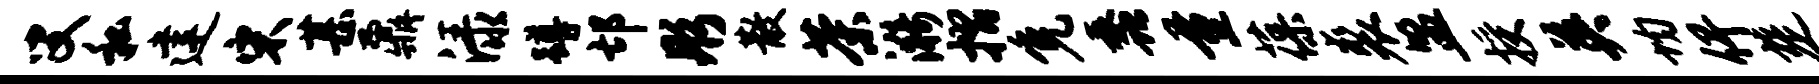
叟私建宋甚鼐渌蹲邙彤散茶漪摺免蠡量葆裘盟授英均俾楚